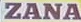
ZANA